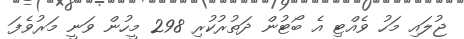
ޖުލައި މަހު ވެއްޓި އެ ބޯޓުން ދަތުރުކުރި 298 މީހުން ވަނީ މަރުވެފަ